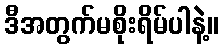
ဒီအတွက်မစိုးရိမ်ပါနဲ့။